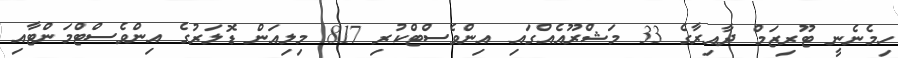
ހިމެނެނީ ޓޫރިޒަމް ދާއިރާގެ 33 މަޝްރޫއެއްގައި އިންވެސްޓްކުރި 817 މިލިއަން ޑޮލަރުގެ އިންވެސްޓްމަންޓާއި